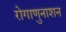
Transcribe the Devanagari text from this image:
रोगाणुनाशन